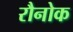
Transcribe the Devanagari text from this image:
रौनोक